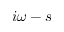
i \omega - s